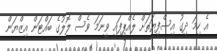
އެ ހިމަ ދިގު އިސްފިޔަތަށް ލެއްޕިފައި ވީނަމަ ވެސް ލޮލުގެ ބައްޓަން އިޒްޔަން